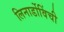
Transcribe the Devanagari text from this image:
लिनार्डोविंची